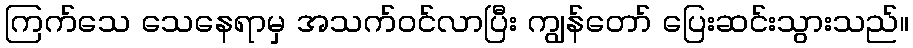
ကြက်သေ သေနေရာမှ အသက်ဝင်လာပြီး ကျွန်တော် ပြေးဆင်းသွားသည်။